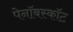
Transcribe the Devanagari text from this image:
पेनॉबस्कॉट